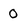
Character: 0